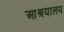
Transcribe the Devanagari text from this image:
आश्रयालय